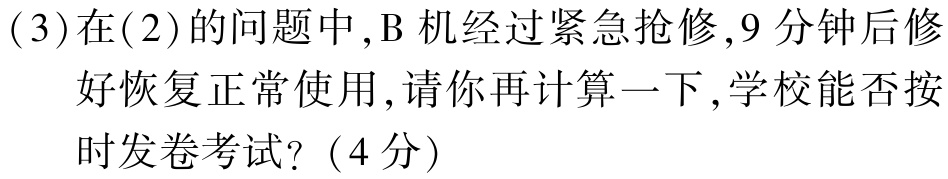
(3)在(2)的问题中,B 机经过紧急抢修,9 分钟后修好恢复正常使用,请你再计算一下,学校能否按时发卷考试?（4分）